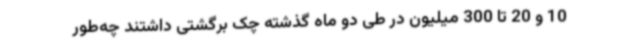
10 و 20 تا 300 میلیون در طی دو ماه گذشته چک برگشتی داشتند چه‌طور